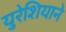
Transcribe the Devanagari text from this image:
युरेशियाने